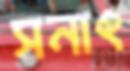
সনাৎ